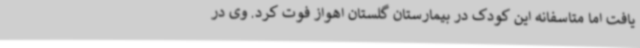
یافت اما متاسفانه این کودک در بیمارستان گلستان اهواز فوت کرد. وی در